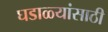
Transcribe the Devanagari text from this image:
घडाळ्यांसाठी